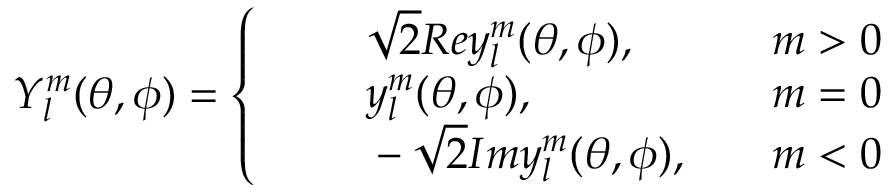
Y _ { l } ^ { m } ( \theta , \phi ) = \left\{ \begin{array} { r l r } { \quad } & { { } \sqrt { 2 } R e y _ { l } ^ { m } ( \theta , \phi ) , \quad } & { m > 0 } \\ { \quad } & { { } y _ { l } ^ { m } ( \theta , \phi ) , \quad } & { m = 0 } \\ { \quad } & { { } - \sqrt { 2 } I m y _ { l } ^ { m } ( \theta , \phi ) , \quad } & { m < 0 } \end{array} \right.